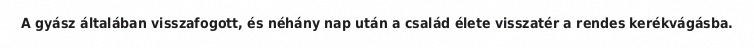
A gyász általában visszafogott, és néhány nap után a család élete visszatér a rendes kerékvágásba.